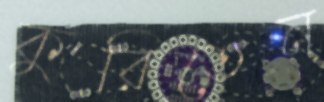
কুরিতেন